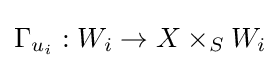
\Gamma _{u_{i}}:W_{i}\to X\times _{S}W_{i}